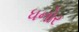
ધનોર